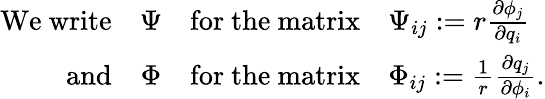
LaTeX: \begin{array}{rccl}{\mathrm{We~write}}&{\Psi}&{\mathrm{for~the~matrix}}&{\Psi_{ij}:=r\frac{\partial\phi_{j}}{\partial q_{i}}}\\ {\mathrm{and}}&{\Phi}&{\mathrm{for~the~matrix}}&{\Phi_{ij}:=\frac{1}{r}\frac{\partial q_{j}}{\partial\phi_{i}}.}\end{array}